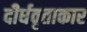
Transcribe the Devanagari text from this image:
दीर्धवृताकार